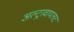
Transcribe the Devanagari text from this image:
अल्ट्रावायलट